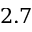
2 . 7